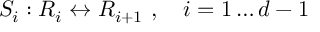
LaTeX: S _ { i } : R _ { i } \leftrightarrow R _ { i + 1 } \ , \quad i = 1 \dots d - 1